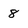
Character: 8